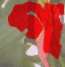
গ